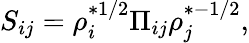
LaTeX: S_{ij}=\rho_{i}^{*1/2}\Pi_{ij}\rho_{j}^{*-1/2},